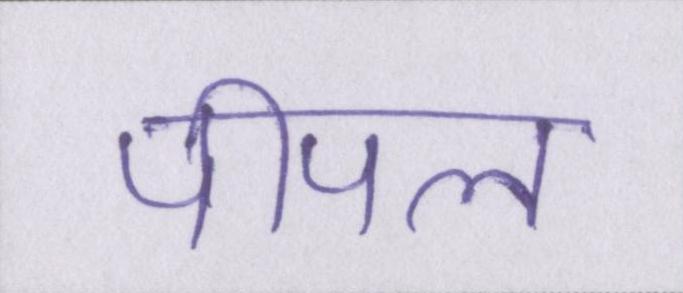
पीपल